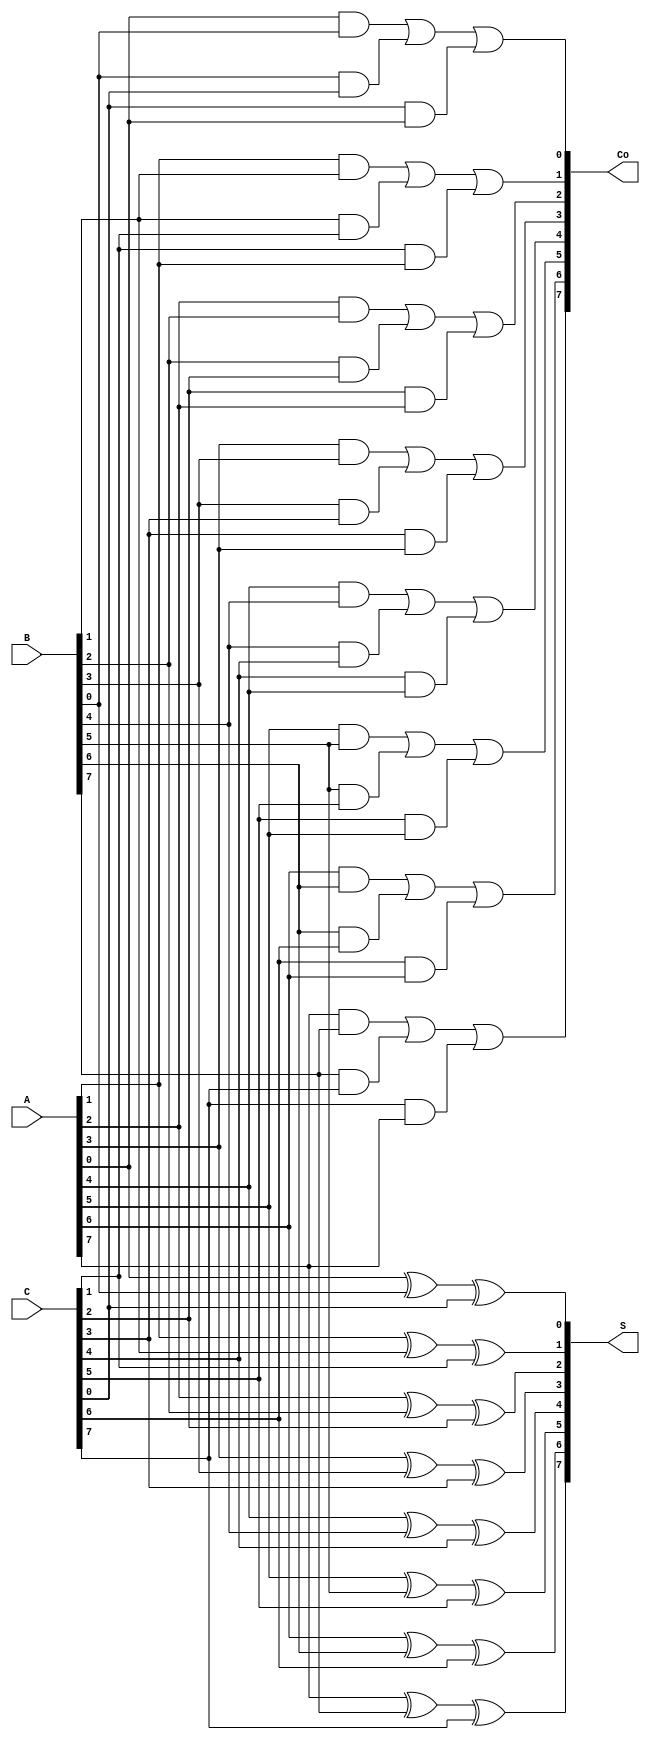
module CarrySaveAdder #(parameter n = 8) (
    input  [n-1:0] A,  // First input
    input  [n-1:0] B,  // Second input
    input  [n-1:0] C,  // Third input
    output [n-1:0] S,  // Sum output
    output [n-1:0] Co  // Carry output
);

    // Generate the sum and carry outputs
    genvar i;
    generate
        for (i = 0; i < n; i = i + 1) begin : CSA
            assign S[i] = A[i] ^ B[i] ^ C[i];           // Sum calculation
            assign Co[i] = (A[i] & B[i]) | (B[i] & C[i]) | (C[i] & A[i]); // Carry calculation
        end
    endgenerate

endmodule